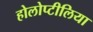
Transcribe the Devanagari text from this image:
होलोप्टीलिया